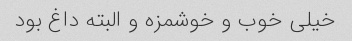
خیلی خوب و خوشمزه و البته داغ بود